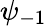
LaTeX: \psi_{-1}